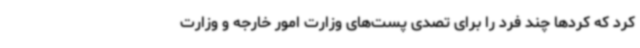
کرد که کردها چند فرد را برای تصدی پست‌های وزارت امور خارجه و وزارت